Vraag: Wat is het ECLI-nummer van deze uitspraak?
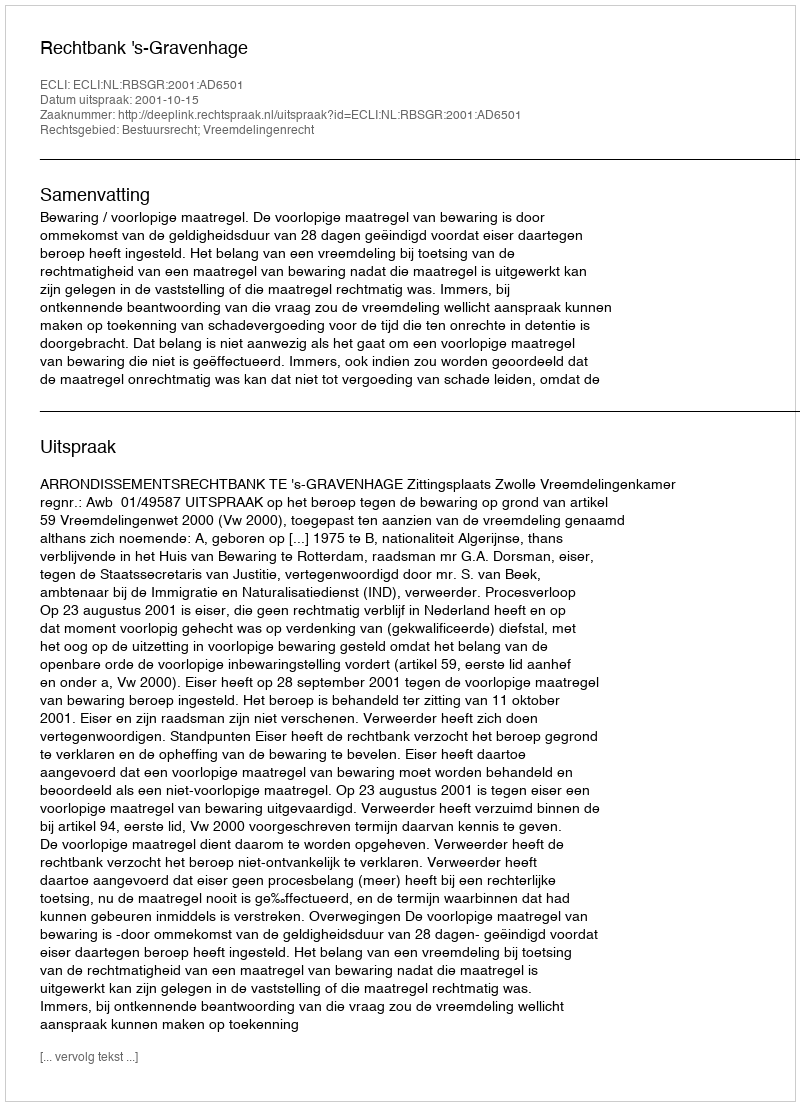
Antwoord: ECLI:NL:RBSGR:2001:AD6501